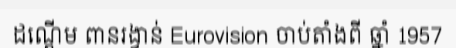
ដណ្តើម ពានរង្វាន់ Eurovision ចាប់តាំងពី ឆ្នាំ 1957